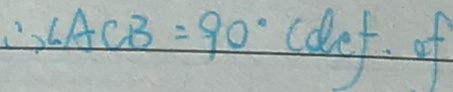
\therefore \angle A C B = 9 0 ^ { \circ } ( d e f . o f